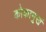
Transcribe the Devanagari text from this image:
कोकामुखं